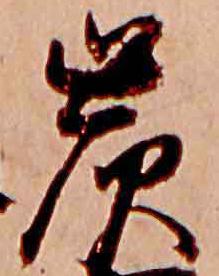
炭